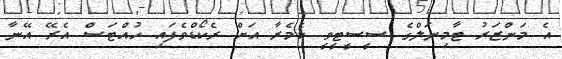
އެ މަންޒަރު ޓާމިނަލްގެ ސީސީޓީވީ ކެމެރާ އަށް ރެކޯޑްވެފައި ހުއްޓަސް އެރޭ އޭނާ